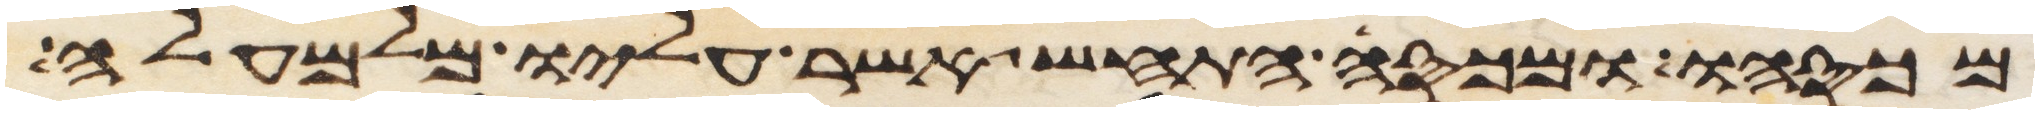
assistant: מכסהו ומכסה התחש אשר עליו מלמעלה